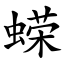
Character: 蝾